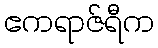
ဧကရာဇ်ရီက